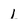
Character: I